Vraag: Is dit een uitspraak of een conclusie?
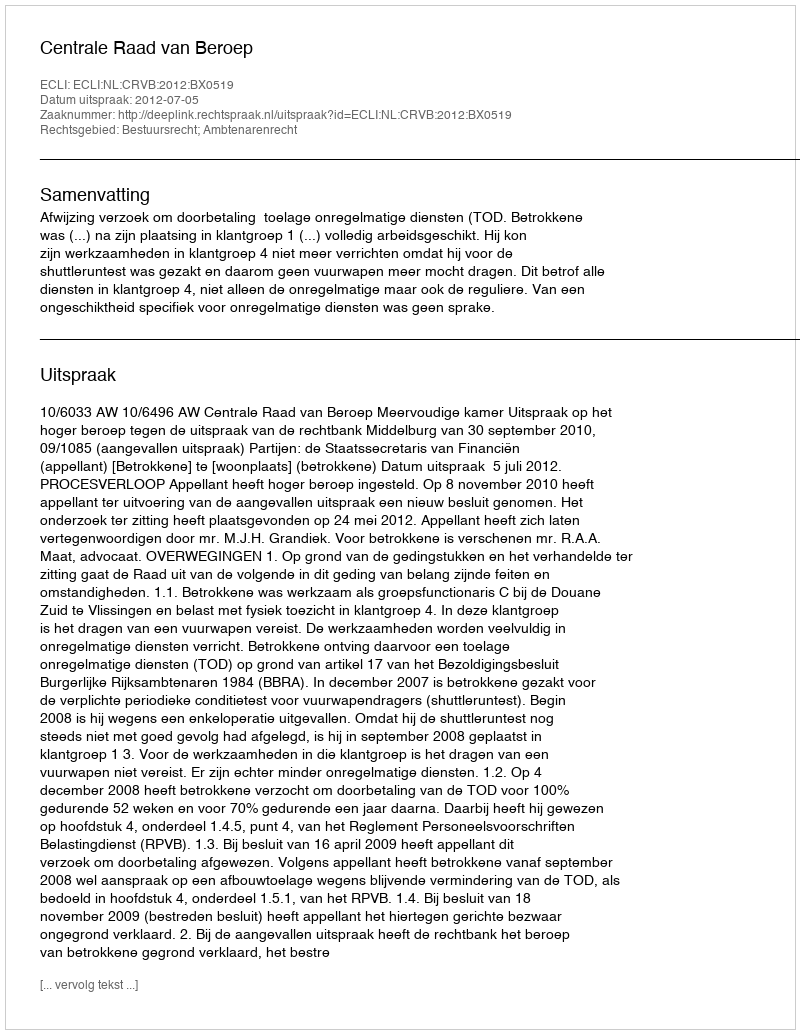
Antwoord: Uitspraak